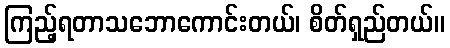
ကြည့်ရတာသဘောကောင်းတယ်၊ စိတ်ရှည်တယ်။